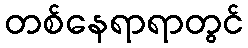
တစ်နေရာရာတွင်